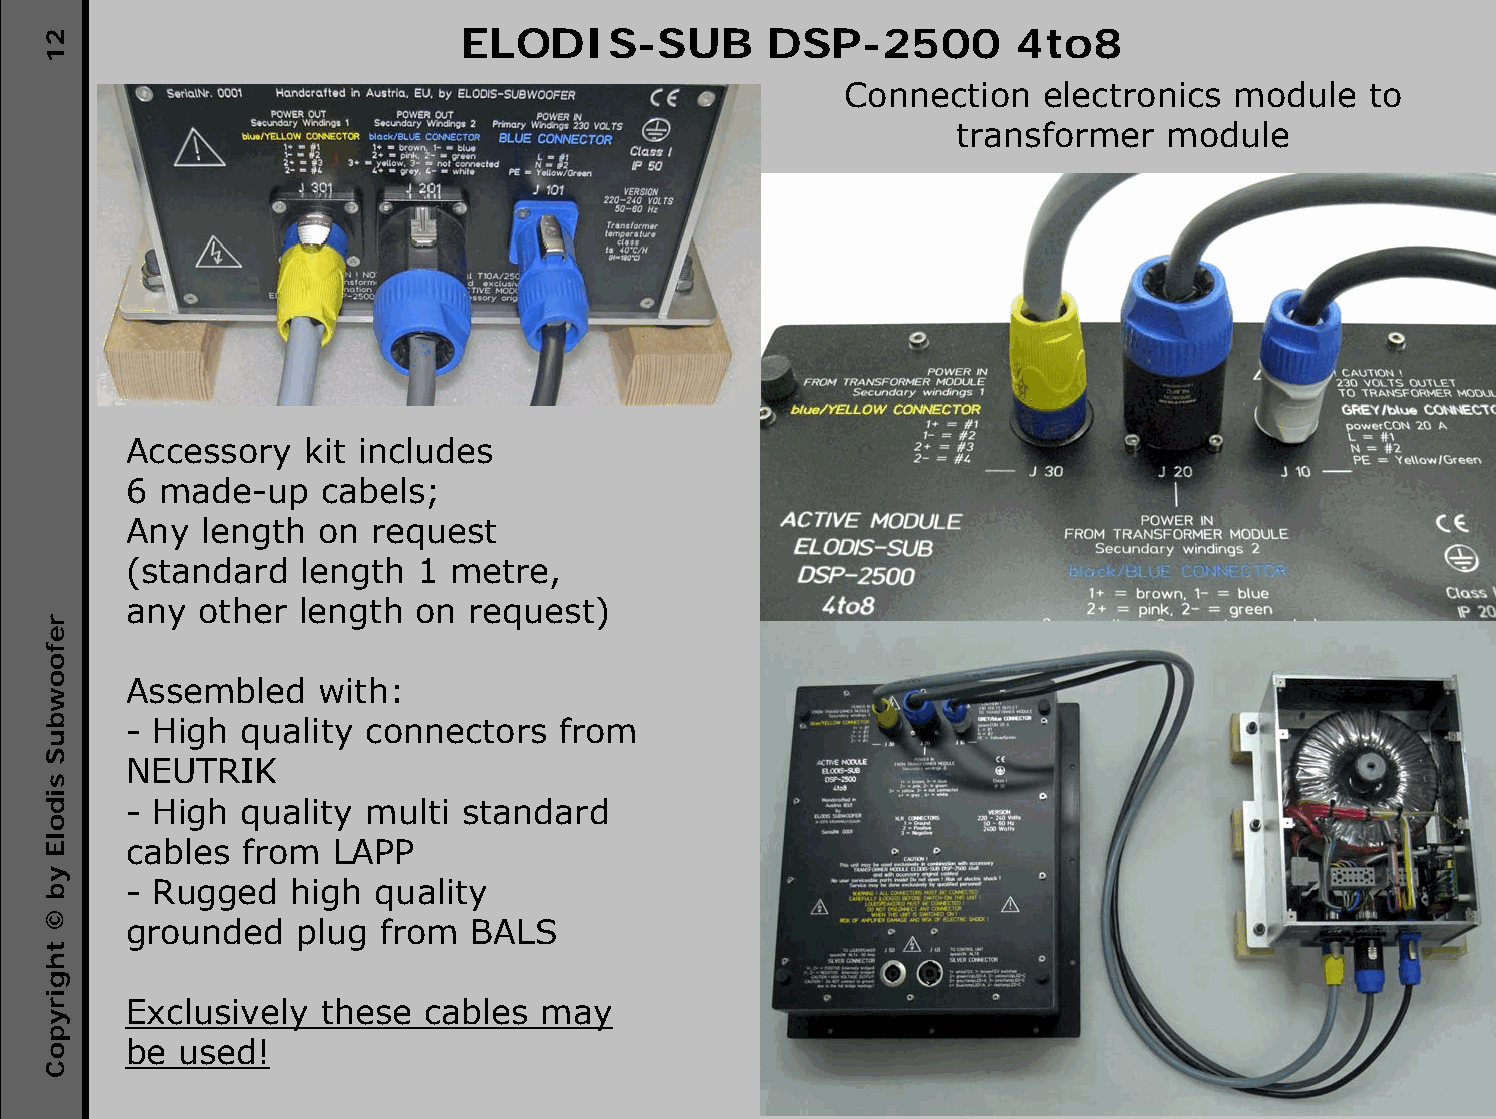
ELODIS-SUB          DSP-2500         4to8
 Connection    electronics module   to
 transformer   module
 Accessory   kit includes
 6 made-up    cabels;
 Any  length  on request
 (standard  length  1 metre,
 any  other length  on  request)
 Assembled    with:
 - High quality  connectors   from
 NEUTRIK
 - High quality  multi standard
 cables  from  LAPP
 - Rugged   high quality
 grounded   plug  from  BALS
 Exclusively  these  cables may
 be used!
 21
 refoowbuS
 sidolE
 yb
 ©
 thgirypoC